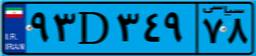
۳۴D۹۶۳۰۸